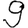
Digit: 9